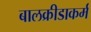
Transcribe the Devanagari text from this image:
बालक्रीडाकर्म